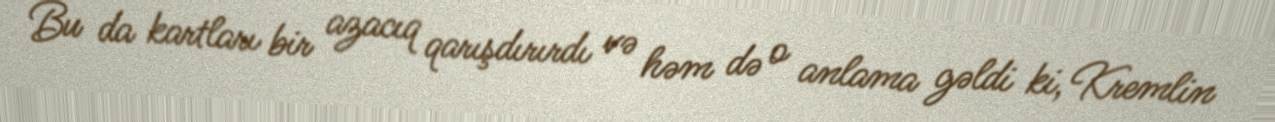
Bu da kartları bir azacıq qarışdırırdı və həm də o anlama gəldi ki, Kremlin